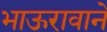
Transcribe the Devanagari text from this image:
भाऊरावाने